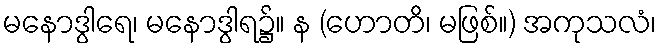
မနောဒွါရေ၊ မနောဒွါရ၌။ န (ဟောတိ၊ မဖြစ်။) အကုသလံ၊